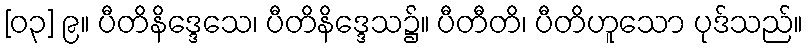
[၀၃] ၉။ ပီတိနိဒ္ဒေသေ၊ ပီတိနိဒ္ဒေသ၌။ ပီတီတိ၊ ပီတိဟူသော ပုဒ်သည်။